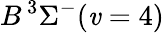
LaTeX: B\, {}^{3}\Sigma^{-}(\mathit{v}=4)